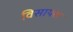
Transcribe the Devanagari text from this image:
विसायस